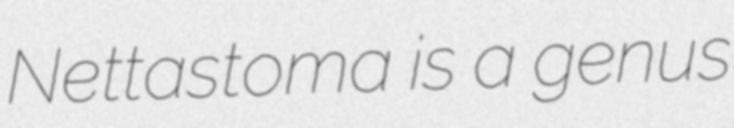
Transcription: Nettastoma is a genus